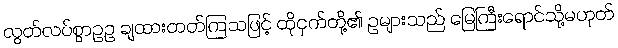
လွတ်လပ်စွာဥဥ ချထားတတ်ကြသဖြင့် ထိုငှက်တို့၏ ဥများသည် မြေကြီးရောင်သို့မဟုတ်